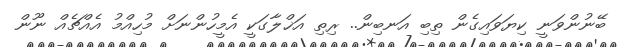
ބޭނުންވަނީ ކިޔަވައިގެން ތިބި އަނބިން.. ރިތި އަޚްލާގަކީ އެމީހުންނަށް މުހިއްމު އެއްޗެއް ނޫން